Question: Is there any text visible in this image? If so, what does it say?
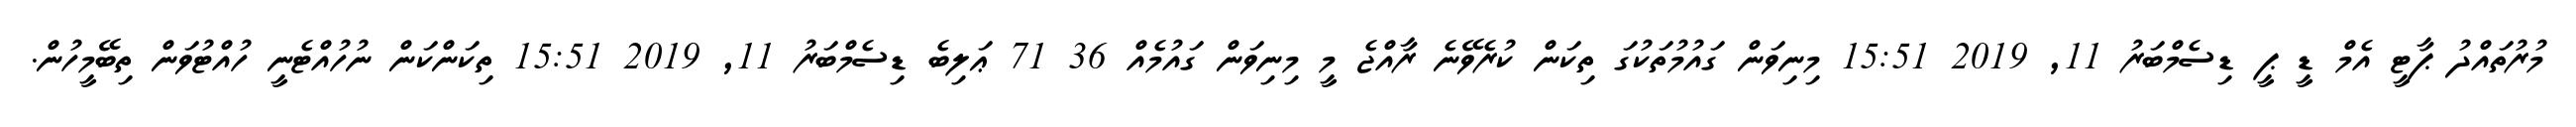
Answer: މުރުތައްދު ޕާޓީ އެމް ޑީ ޕީ ޑިސެމްބަރު 11, 2019 15:51 މިނިވަން ގައުމުތަކުގަ ތިކަން ކުރެވޭނެ ރާއްޖެ މީ މިނިވަން ގައުމެއް 36 71 ޢަލިބެ ޑިސެމްބަރު 11, 2019 15:51 ތިކަންކަން ނުހުއްޓެނީ ހުއްޓުވަން ތިބޭމީހުން.